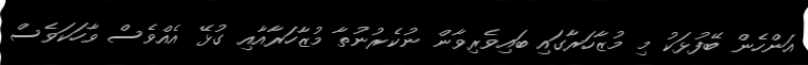
އަންހެން ބޭފުޅަކު މި މުޒާހަރާގައި ބައިވެރިވާން ނުކެރުނުތާ މުޒާހަރާއާއި ގުޅޭ އެއްވެސް ވާހަކަވެސް